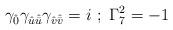
LaTeX: \begin{align*}\gamma_{\hat 0} \gamma_{{\hat u} {\hat {\bar u}}}\gamma_{{\hat v} {\hat {\bar v}}} = i~;~\Gamma_7^2 = -1\end{align*}